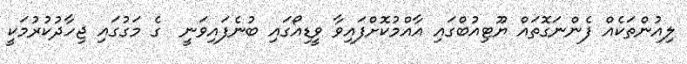
ލިއުންތަކެއް ފެންނަގޮތައް ޔޫޓިއުބްގައި އާއްމުކޮށްފައިވާ ވީޑިއޯގައި ބުނެފައިވަނީ  ގެ މަގުގައި ޖިހާދުކުރުމަކީ